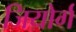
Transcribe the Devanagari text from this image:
जियोर्ग